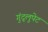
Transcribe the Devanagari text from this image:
गुंद्लुपेट